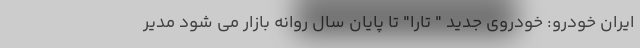
ایران خودرو: خودروی جدید " تارا" تا پایان سال روانه بازار می شود مدیر